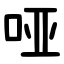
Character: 哑